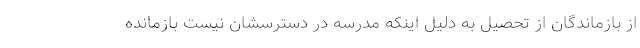
از بازماندگان از تحصیل به دلیل اینکه مدرسه در دسترسشان نیست بازمانده